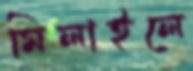
মিলাইলে